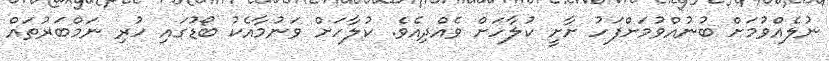
ނުލެއްވުމަށް ބުނުއްވުމަށްފަހު ށާށީ ކުލާހަށް ވެއްދިއެވެ. ކުލާހަށް ވަނުމާއެކު ބޯޑުގައި ހުރި ނަމްބަރުތައް